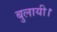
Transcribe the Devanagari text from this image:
बुलायी।